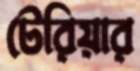
টেরিয়ার